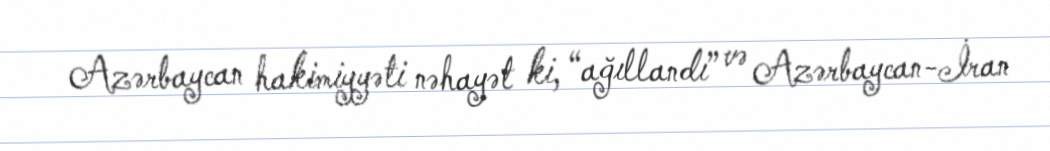
Azərbaycan hakimiyyəti nəhayət ki, “ağıllandı” və Azərbaycan-İran